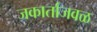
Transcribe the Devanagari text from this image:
जकार्ताजवळ